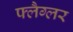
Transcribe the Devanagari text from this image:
फ्लैग्लर